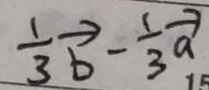
\frac { 1 } { 3 } \overrightarrow { b } - \frac { 1 } { 3 } \overrightarrow { a }